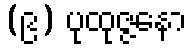
(၉) ပုထုဇ္ဇနော